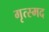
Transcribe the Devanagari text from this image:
गृत्स्मद